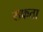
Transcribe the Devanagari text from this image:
सफता